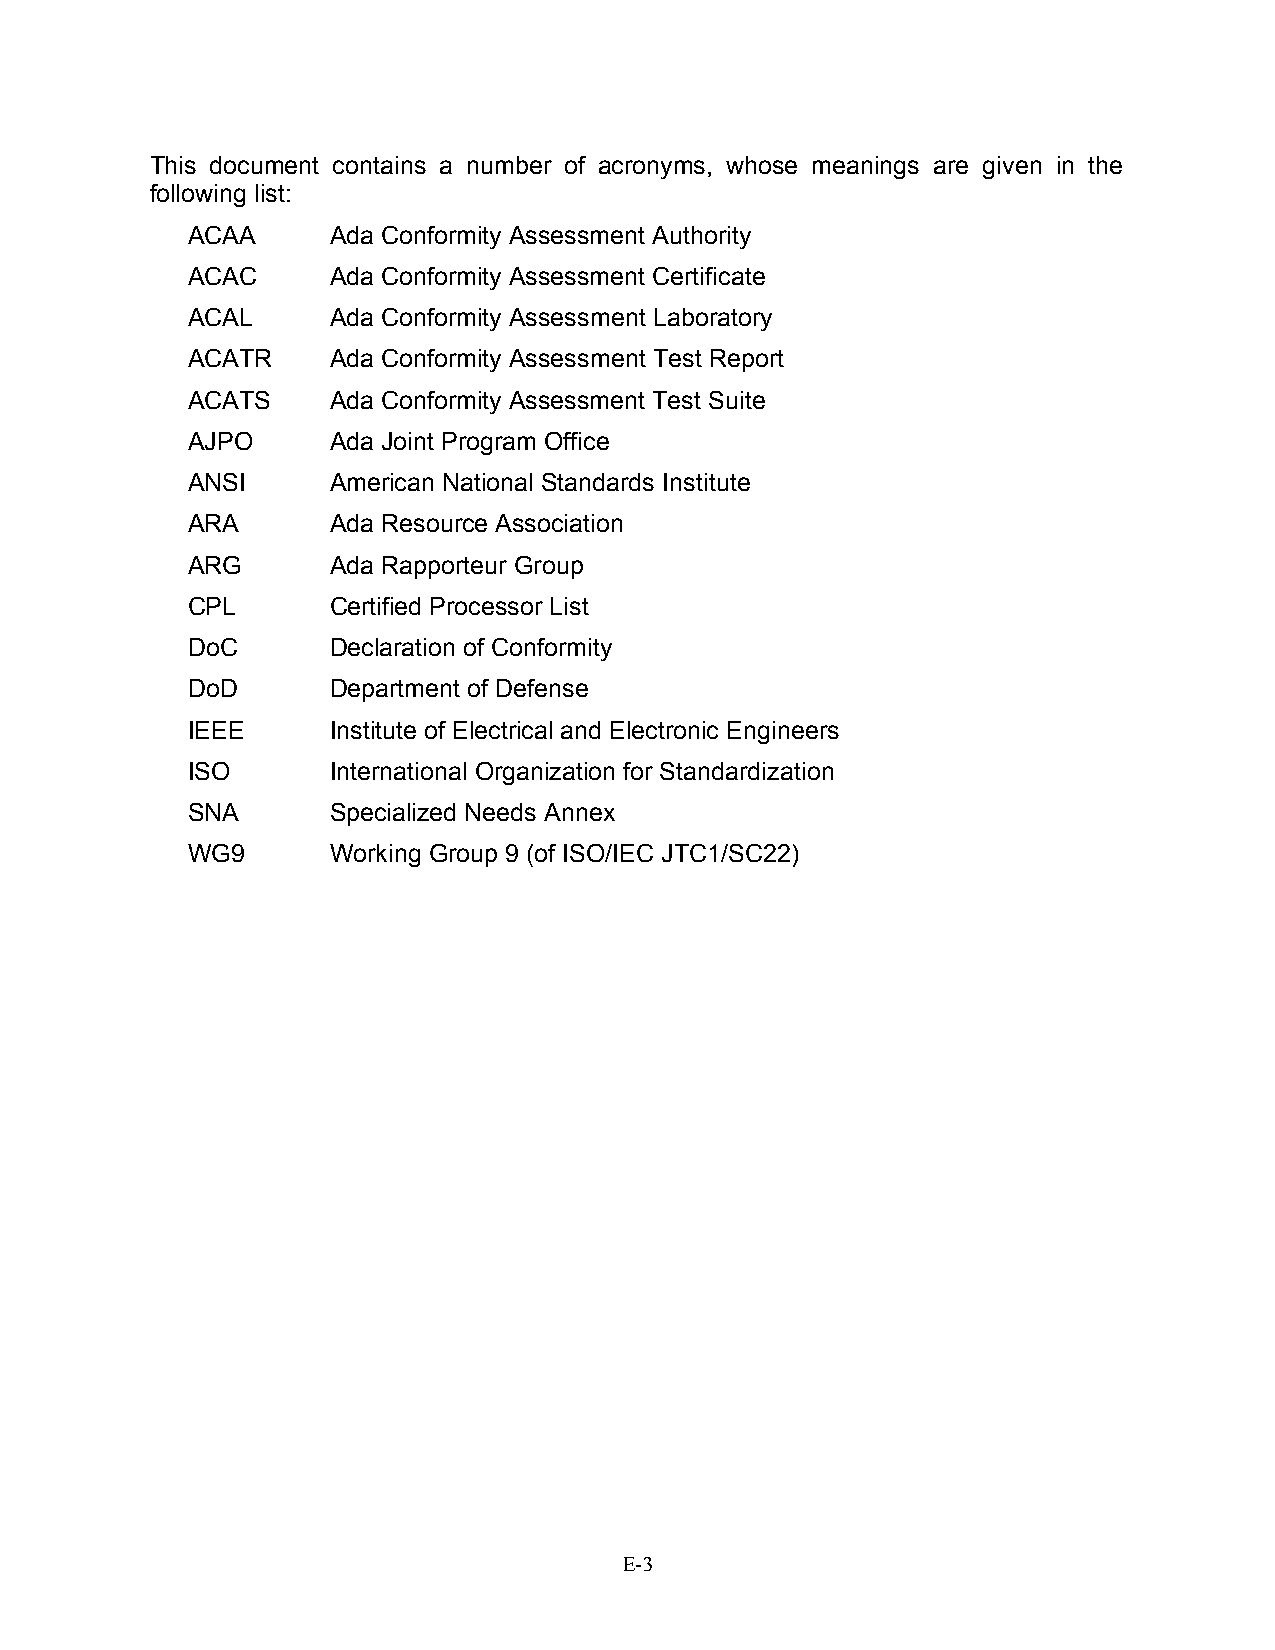
This document contains a number of acronyms, whose meanings are given in the
 following list:
 ACAA      Ada Conformity Assessment Authority
 ACAC      Ada Conformity Assessment Certificate
 ACAL      Ada Conformity Assessment Laboratory
 ACATR     Ada Conformity Assessment Test Report
 ACATS     Ada Conformity Assessment Test Suite
 AJPO      Ada Joint Program Office
 ANSI      American National Standards Institute
 ARA       Ada Resource Association
 ARG       Ada Rapporteur Group
 CPL       Certified Processor List
 DoC       Declaration of Conformity
 DoD       Department of Defense
 IEEE      Institute of Electrical and Electronic Engineers
 ISO       International Organization for Standardization
 SNA       Specialized Needs Annex
 WG9       Working Group 9 (of ISO/IEC JTC1/SC22)
 E-3